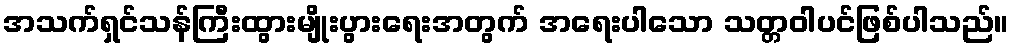
အသက်ရှင်သန်ကြီးထွားမျိုးပွားရေးအတွက် အရေးပါသော သတ္တဝါပင်ဖြစ်ပါသည်။